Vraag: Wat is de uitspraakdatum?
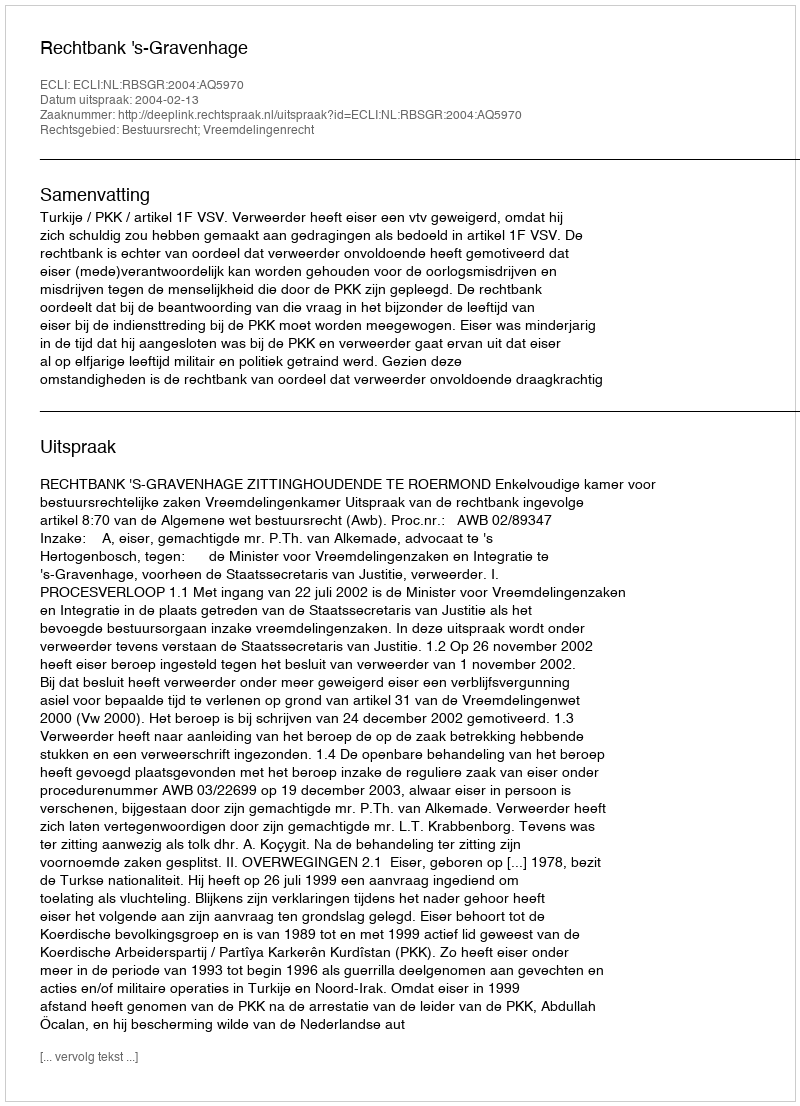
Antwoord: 2004-02-13